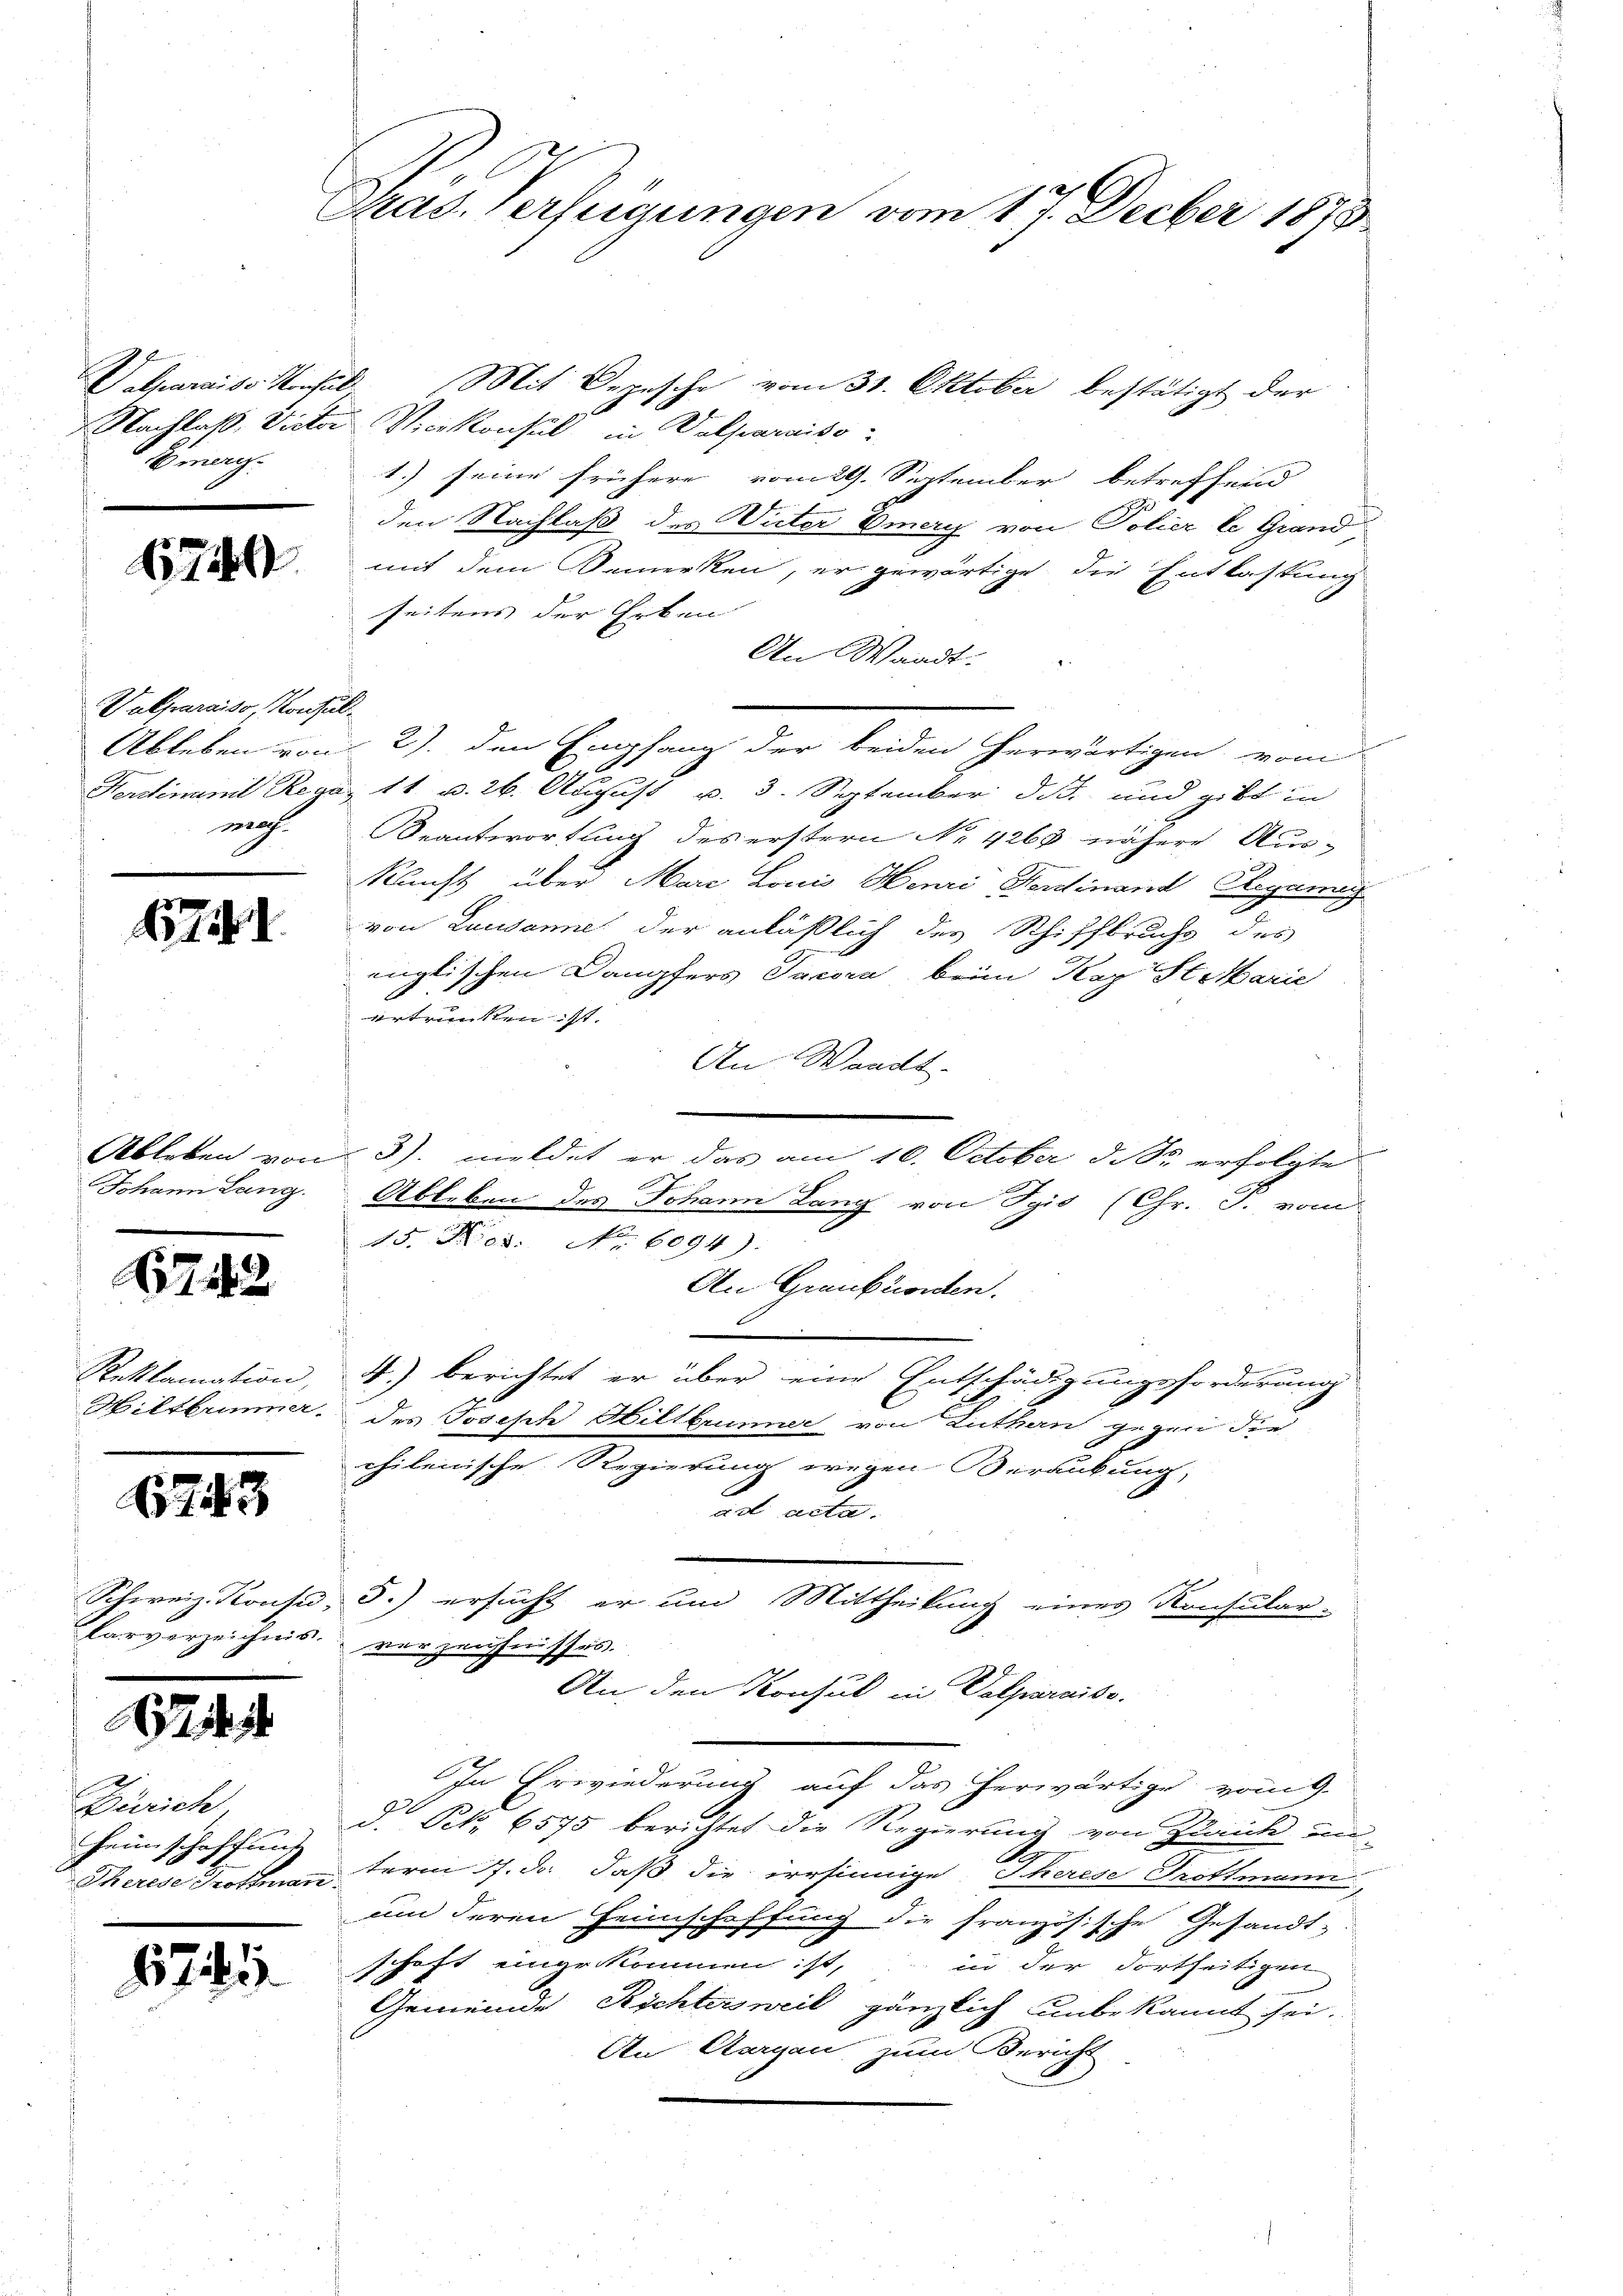
Emeri

1740

Valparaiso, Konsulmaach.

741.

Johann Lang

(1742

Reklamation,

743

i

Zürich
Heimschaffung
Therede Trottmann

6741.

.
Pras. Verfügungen vom 17. Decber 1873

Deparaiss Konsul Mit Depesche vom 31. Oktober bestätigt der
Nachlaß, Victor Vicekonsul Dotharito
1.) seine frühere vom 29. September betreffend
den Nachlaß des Winter Emery von Polier le Grand
mit dem Bemerken, er gewärtige die Entlastung
seitens der Erben
An Waadt.
Ableben von 2. den Empfang der beiden herwärtigen vom
Ferdinamt Rega 11 v. 26. August v. 3. September d.J. und gibt in
Beantwortung des erstern No 4263 nähere Aus-
kunft über Marc Louis Henri Ferdinand Regang
von Lausanne der anläßlich des Schiffbruchs des
inglischen Dampfers Jacora beim Kay St. Marie
ertrunken ist.
An Waadt
Ableben von 3. meldet er das am 10. October d. So erfolgte
Ableben des Johann Lang von Tgis (Chr. J. vom
15. Hes: No 6094).
An Graubtonten.
e
4) berichtet er über eine Entschädigungsforderung
Hiltbrimmer des Joseph Hiltbrunner von Luthern gegen die
chilenische Regierung wegen erankung,
ad acta.
Schweiz. Konsi, d.) ersucht er um Mittheilung eines Konsular-
Parverzeichnis verzeichnisses.
An den Konsul in Valparaiso
In Erwiederung auf das herwärtige vom 9.
d. Pct. 6575 berichtet die Regierung von Zurück vor-
term 7. d. daß die irrsinnige Therese Trottmann
2
um deren Heimschaffung die französische Gesandt
schaft eingekommen ist, in der dortheitigen
Gemeinde Richtersweil gänzlich unbekannt sei.
An Aargau, zum Bericht